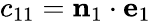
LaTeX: c_{11}=\mathbf{n}_{1}\cdot\mathbf{e}_{1}